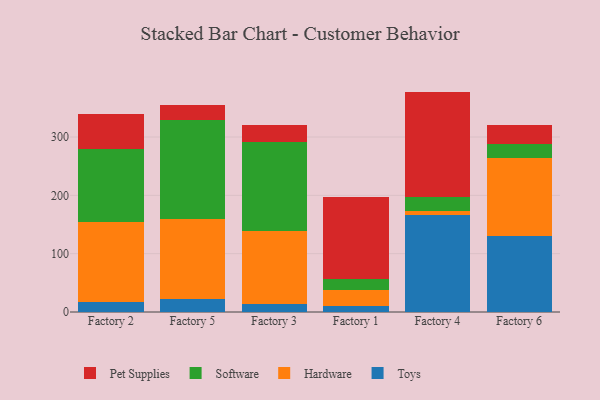
{"axis": {"x": "Factory", "y": "Operating Costs (USD K)"}, "legend": ["Hardware", "Pet Supplies", "Software", "Toys"], "data": [{"x": "Factory 2", "y": 17.4, "type": "Toys"}, {"x": "Factory 2", "y": 137.7, "type": "Hardware"}, {"x": "Factory 2", "y": 123.5, "type": "Software"}, {"x": "Factory 2", "y": 60.2, "type": "Pet Supplies"}, {"x": "Factory 5", "y": 23.0, "type": "Toys"}, {"x": "Factory 5", "y": 135.7, "type": "Hardware"}, {"x": "Factory 5", "y": 170.4, "type": "Software"}, {"x": "Factory 5", "y": 25.5, "type": "Pet Supplies"}, {"x": "Factory 3", "y": 13.7, "type": "Toys"}, {"x": "Factory 3", "y": 125.5, "type": "Hardware"}, {"x": "Factory 3", "y": 151.6, "type": "Software"}, {"x": "Factory 3", "y": 29.7, "type": "Pet Supplies"}, {"x": "Factory 1", "y": 10.6, "type": "Toys"}, {"x": "Factory 1", "y": 27.9, "type": "Hardware"}, {"x": "Factory 1", "y": 17.9, "type": "Software"}, {"x": "Factory 1", "y": 140.9, "type": "Pet Supplies"}, {"x": "Factory 4", "y": 167.1, "type": "Toys"}, {"x": "Factory 4", "y": 6.4, "type": "Hardware"}, {"x": "Factory 4", "y": 24.4, "type": "Software"}, {"x": "Factory 4", "y": 179.9, "type": "Pet Supplies"}, {"x": "Factory 6", "y": 131.1, "type": "Toys"}, {"x": "Factory 6", "y": 132.8, "type": "Hardware"}, {"x": "Factory 6", "y": 23.9, "type": "Software"}, {"x": "Factory 6", "y": 32.3, "type": "Pet Supplies"}]}